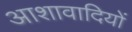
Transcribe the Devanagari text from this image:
आशावादियों